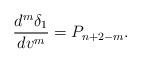
LaTeX: \begin{align*} \frac{d^m\delta_1}{dv^m}=P_{n+2-m}.\end{align*}